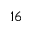
1 6